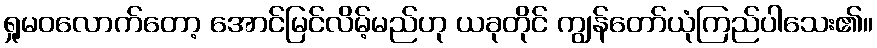
ရှုမဝလောက်တော့ အောင်မြင်လိမ့်မည်ဟု ယခုတိုင် ကျွန်တော်ယုံကြည်ပါသေး၏။